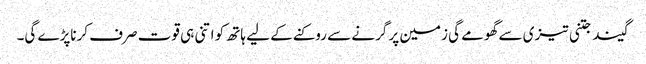
گیند جتنی تیزی سے گھومے گی زمین پر گرنے سے روکنے کے لیے ہاتھ کو اتنی ہی قوت صرف کرناپڑے گی۔